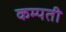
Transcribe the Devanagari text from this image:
कम्पती